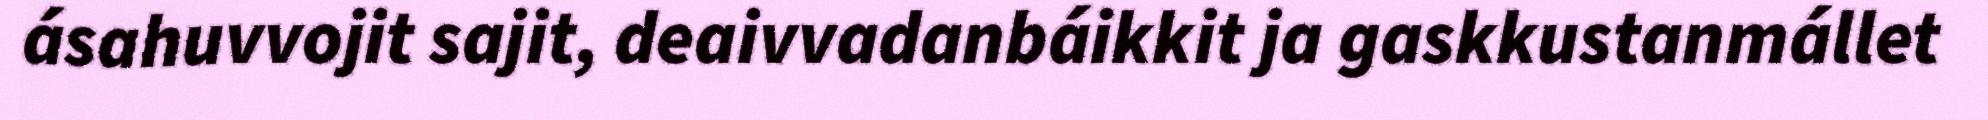
ásahuvvojit sajit, deaivvadanbáikkit ja gaskkustanmállet